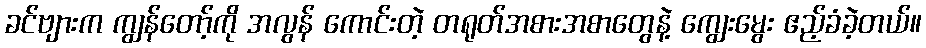
ခင်ဗျားက ကျွန်တော့်ကို အလွန် ကောင်းတဲ့ တရုတ်အစားအစာတွေနဲ့ ကျွေးမွေး ဧည့်ခံခဲ့တယ်။